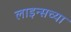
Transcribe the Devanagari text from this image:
लाइन्सच्या